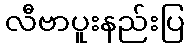
လီဗာပူးနည်းပြ